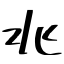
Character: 兆